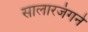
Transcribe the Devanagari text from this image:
सालारजंगने